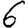
Digit: 6